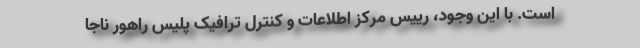
است. با این وجود، رییس مرکز اطلاعات و کنترل ترافیک پلیس راهور ناجا